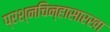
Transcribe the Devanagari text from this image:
प्रश्नचिन्हासारखा